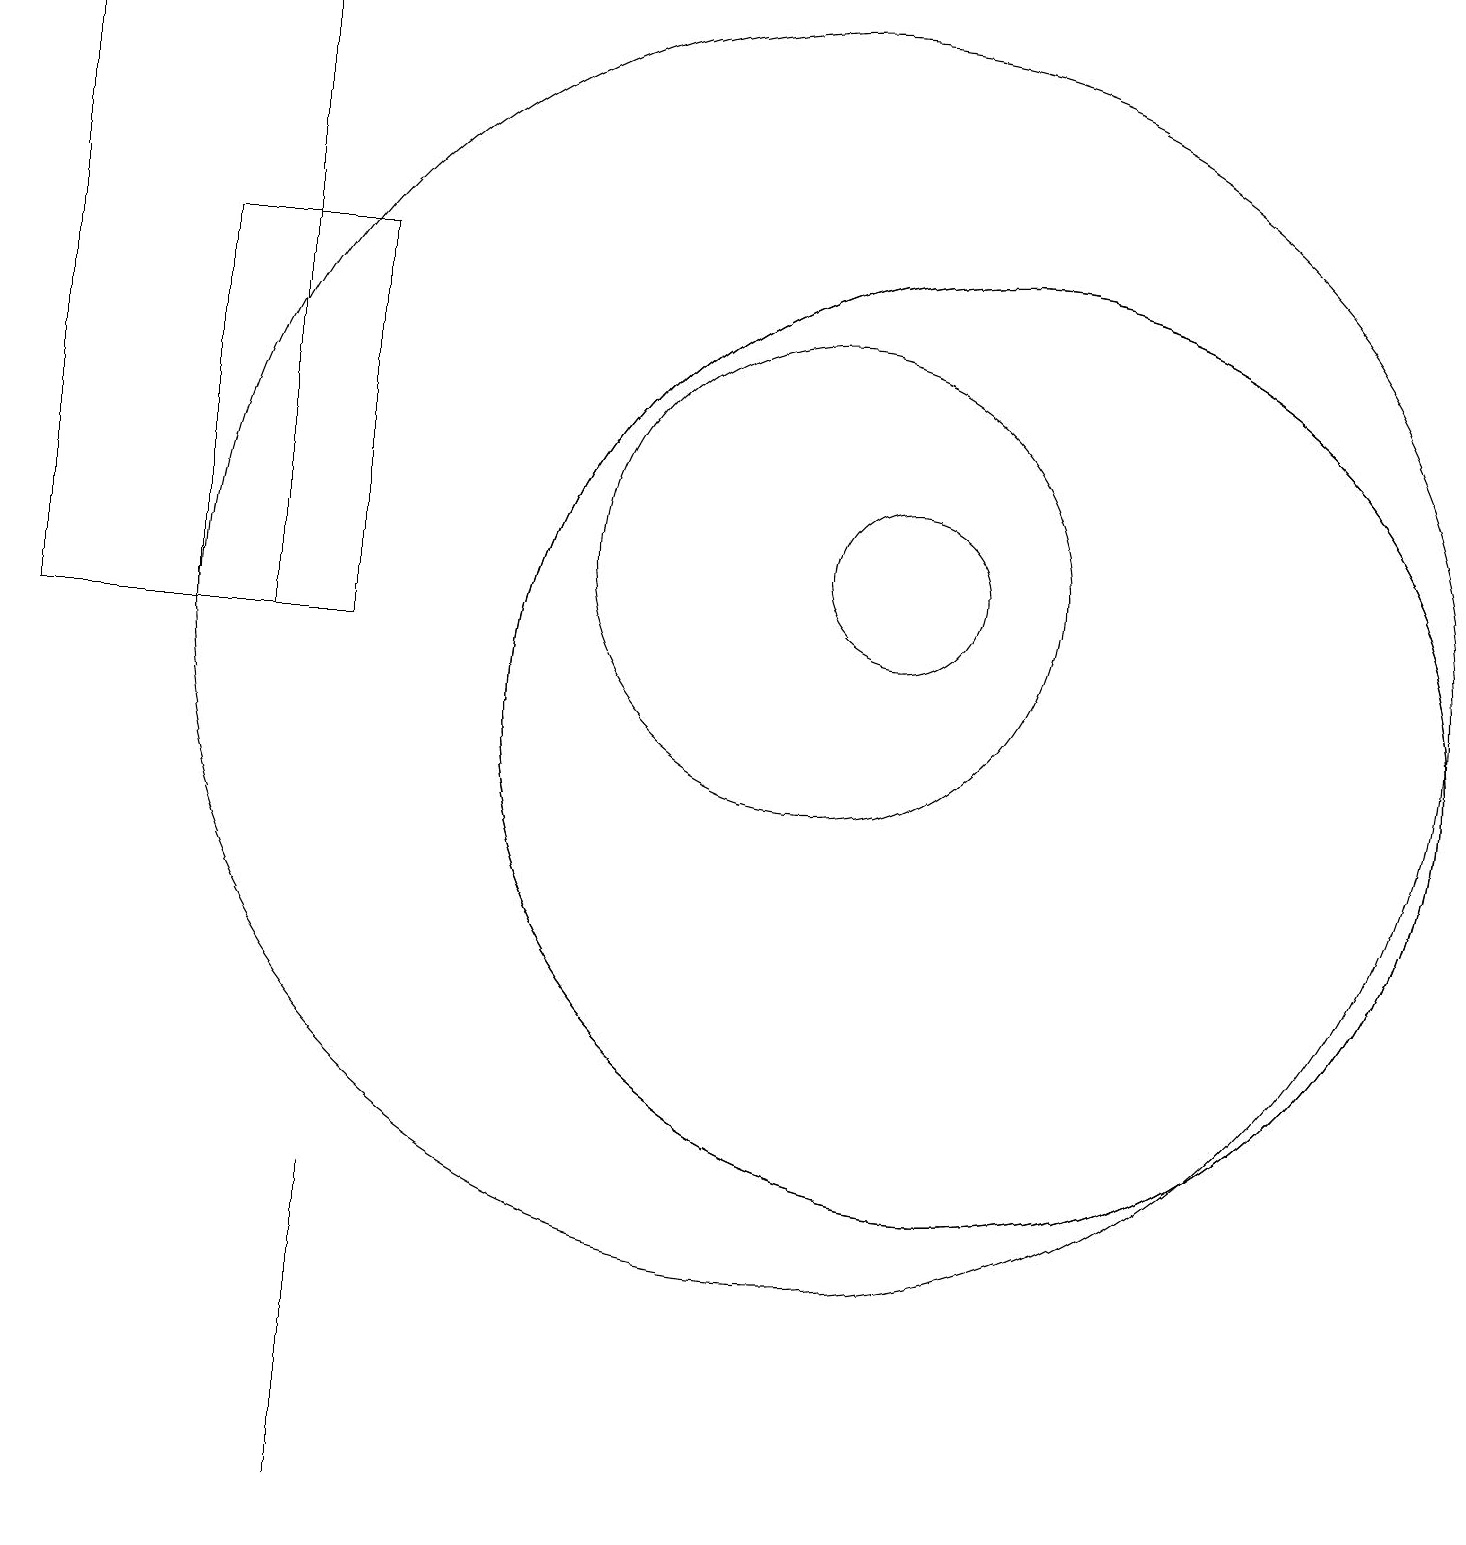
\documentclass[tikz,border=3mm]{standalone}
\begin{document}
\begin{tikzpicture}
\draw (11,12) circle (1);
\draw (12,10) circle (6);
\draw (2,11) rectangle (4,16);
\draw (12,10) circle (6);
\draw (10,12) circle (3);
\draw (0,11) rectangle (3,19);
\draw (10,11) circle (8);
\draw (4,2) -- (4,0) -- (4,4) -- cycle;
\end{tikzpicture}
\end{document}